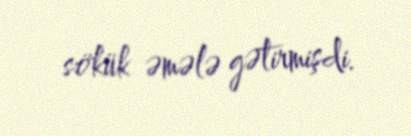
sökük əmələ gətirmişdi.